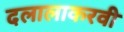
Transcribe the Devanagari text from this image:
दलालाकरवी